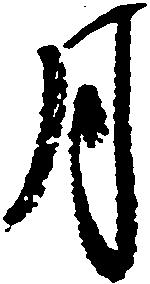
月